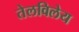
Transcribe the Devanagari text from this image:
तेलविलेय